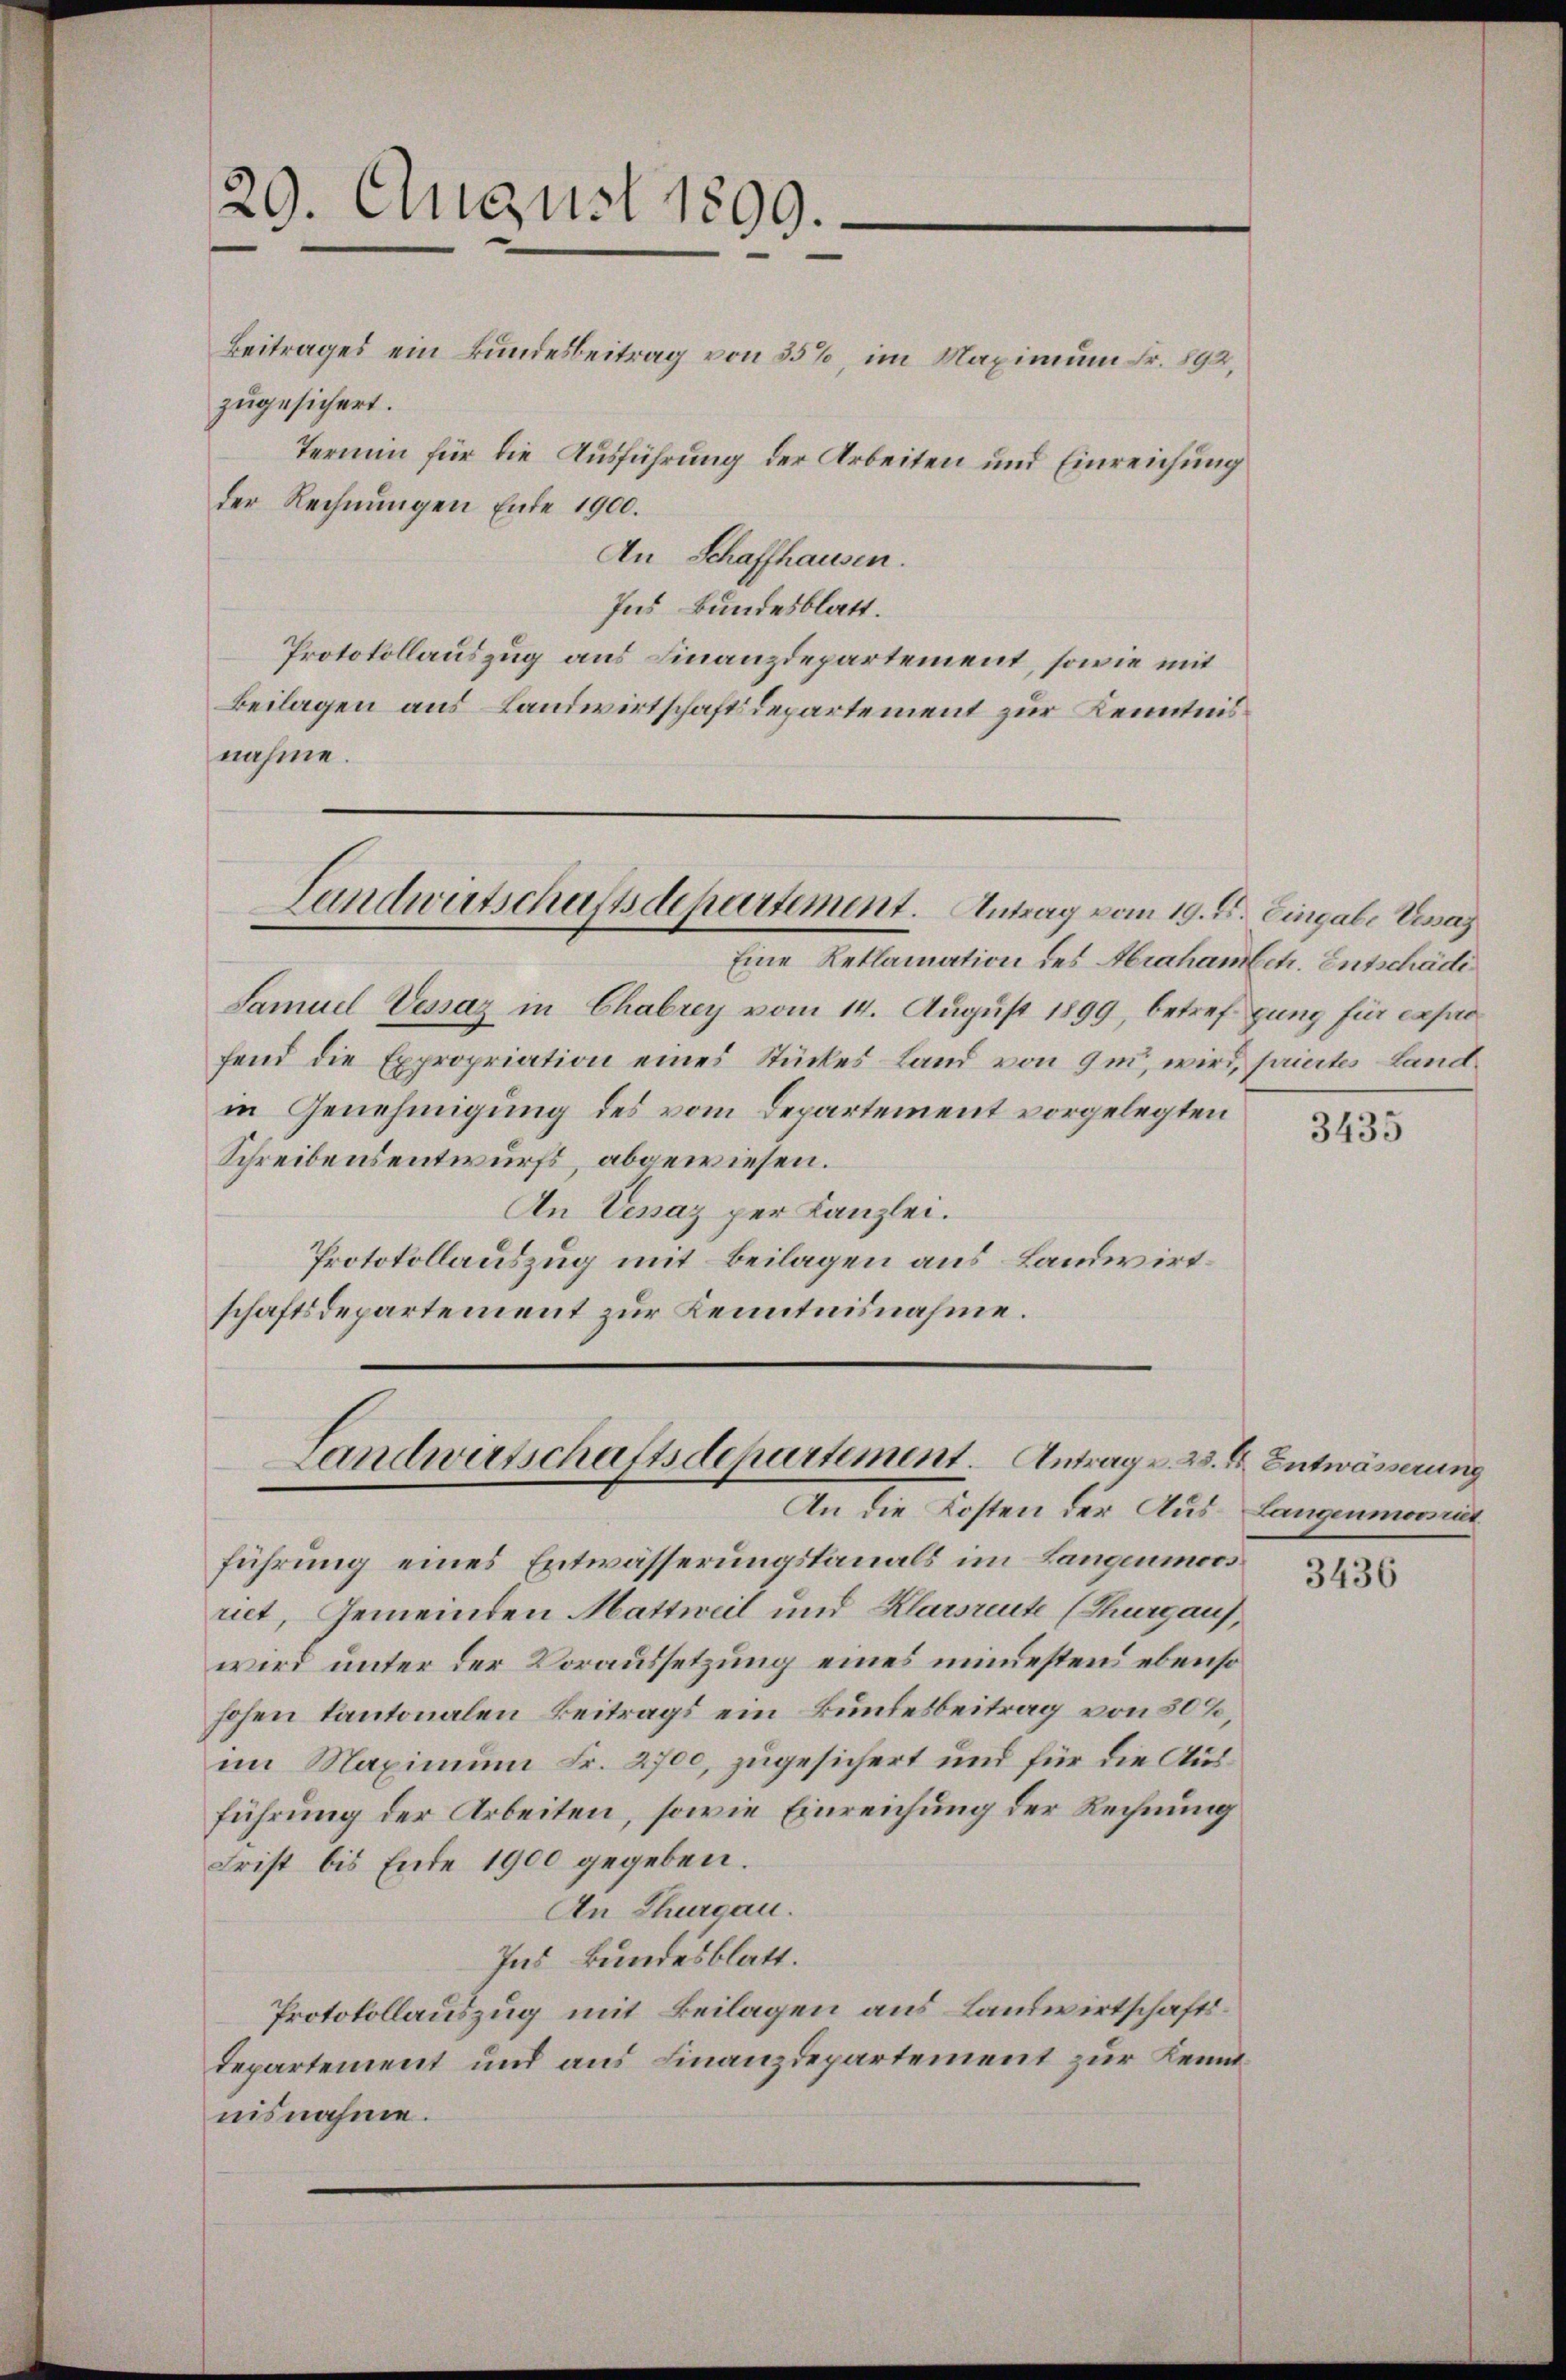
20. August 1899.

Beitrages ein Bundesbeitrag von 35%, im Maximum Fr. 892,
zugesichert.
Termin für die Ausführung der Arbeiten und Einreichung
der Rechnungen Ende 1900.
An Schaffhausen.
Ins Bundesblatt.
Protokollauszug aus Finanzdepartement, sowie mit
Beilagen aus Landwirtschaftsdepartement zur Kenntnis
nahme.

Eine Reklamation des Abrahambetr. Entschädi
Samuel Vessaz in Chabrey vom 14. August 1899, betref gung für expro
fend die Expropriation eines Stückes Land von 9m, wird, hiertes Landin Genehmigung des vom Departement vorgelegten
Schreibensentwurfs, abgewiesen.
An Vesaz per Kanzlei.
Protokollauszug mit Beilagen aus Landwirtschaftsdepartement zur Kenntnisnahme.

Landwirtschaftsdepartement. Antrag vom 19. d. Eingabe Visaz

Landwirtschaftsdepartement. Antrage a. E. Entwässerung
An die Kosten der Aus- Langenmornit

führung eines Entwässerungskanals im Langenmoos
riet, Gemeinden Mattweil und Klarsreute (Thurgaus,
wird unter der Voraussetzung eines minestens ebenso
hohen kantonalen Beitrags ein Bundesbeitrag von 50%,
im Maximum Fr. 2700, zugesichert und für die Ausführung der Arbeiten, sowie Einreichung der Rechnung
Frist bis Ende 1900 gegeben.
An Thurgau.
Ins Bundesblatt.
Protokollauszug mit Beilagen aus Landwirtschafts¬
Departement und aus Finanzdepartement zur Kenntnisnahme.

3435

3436